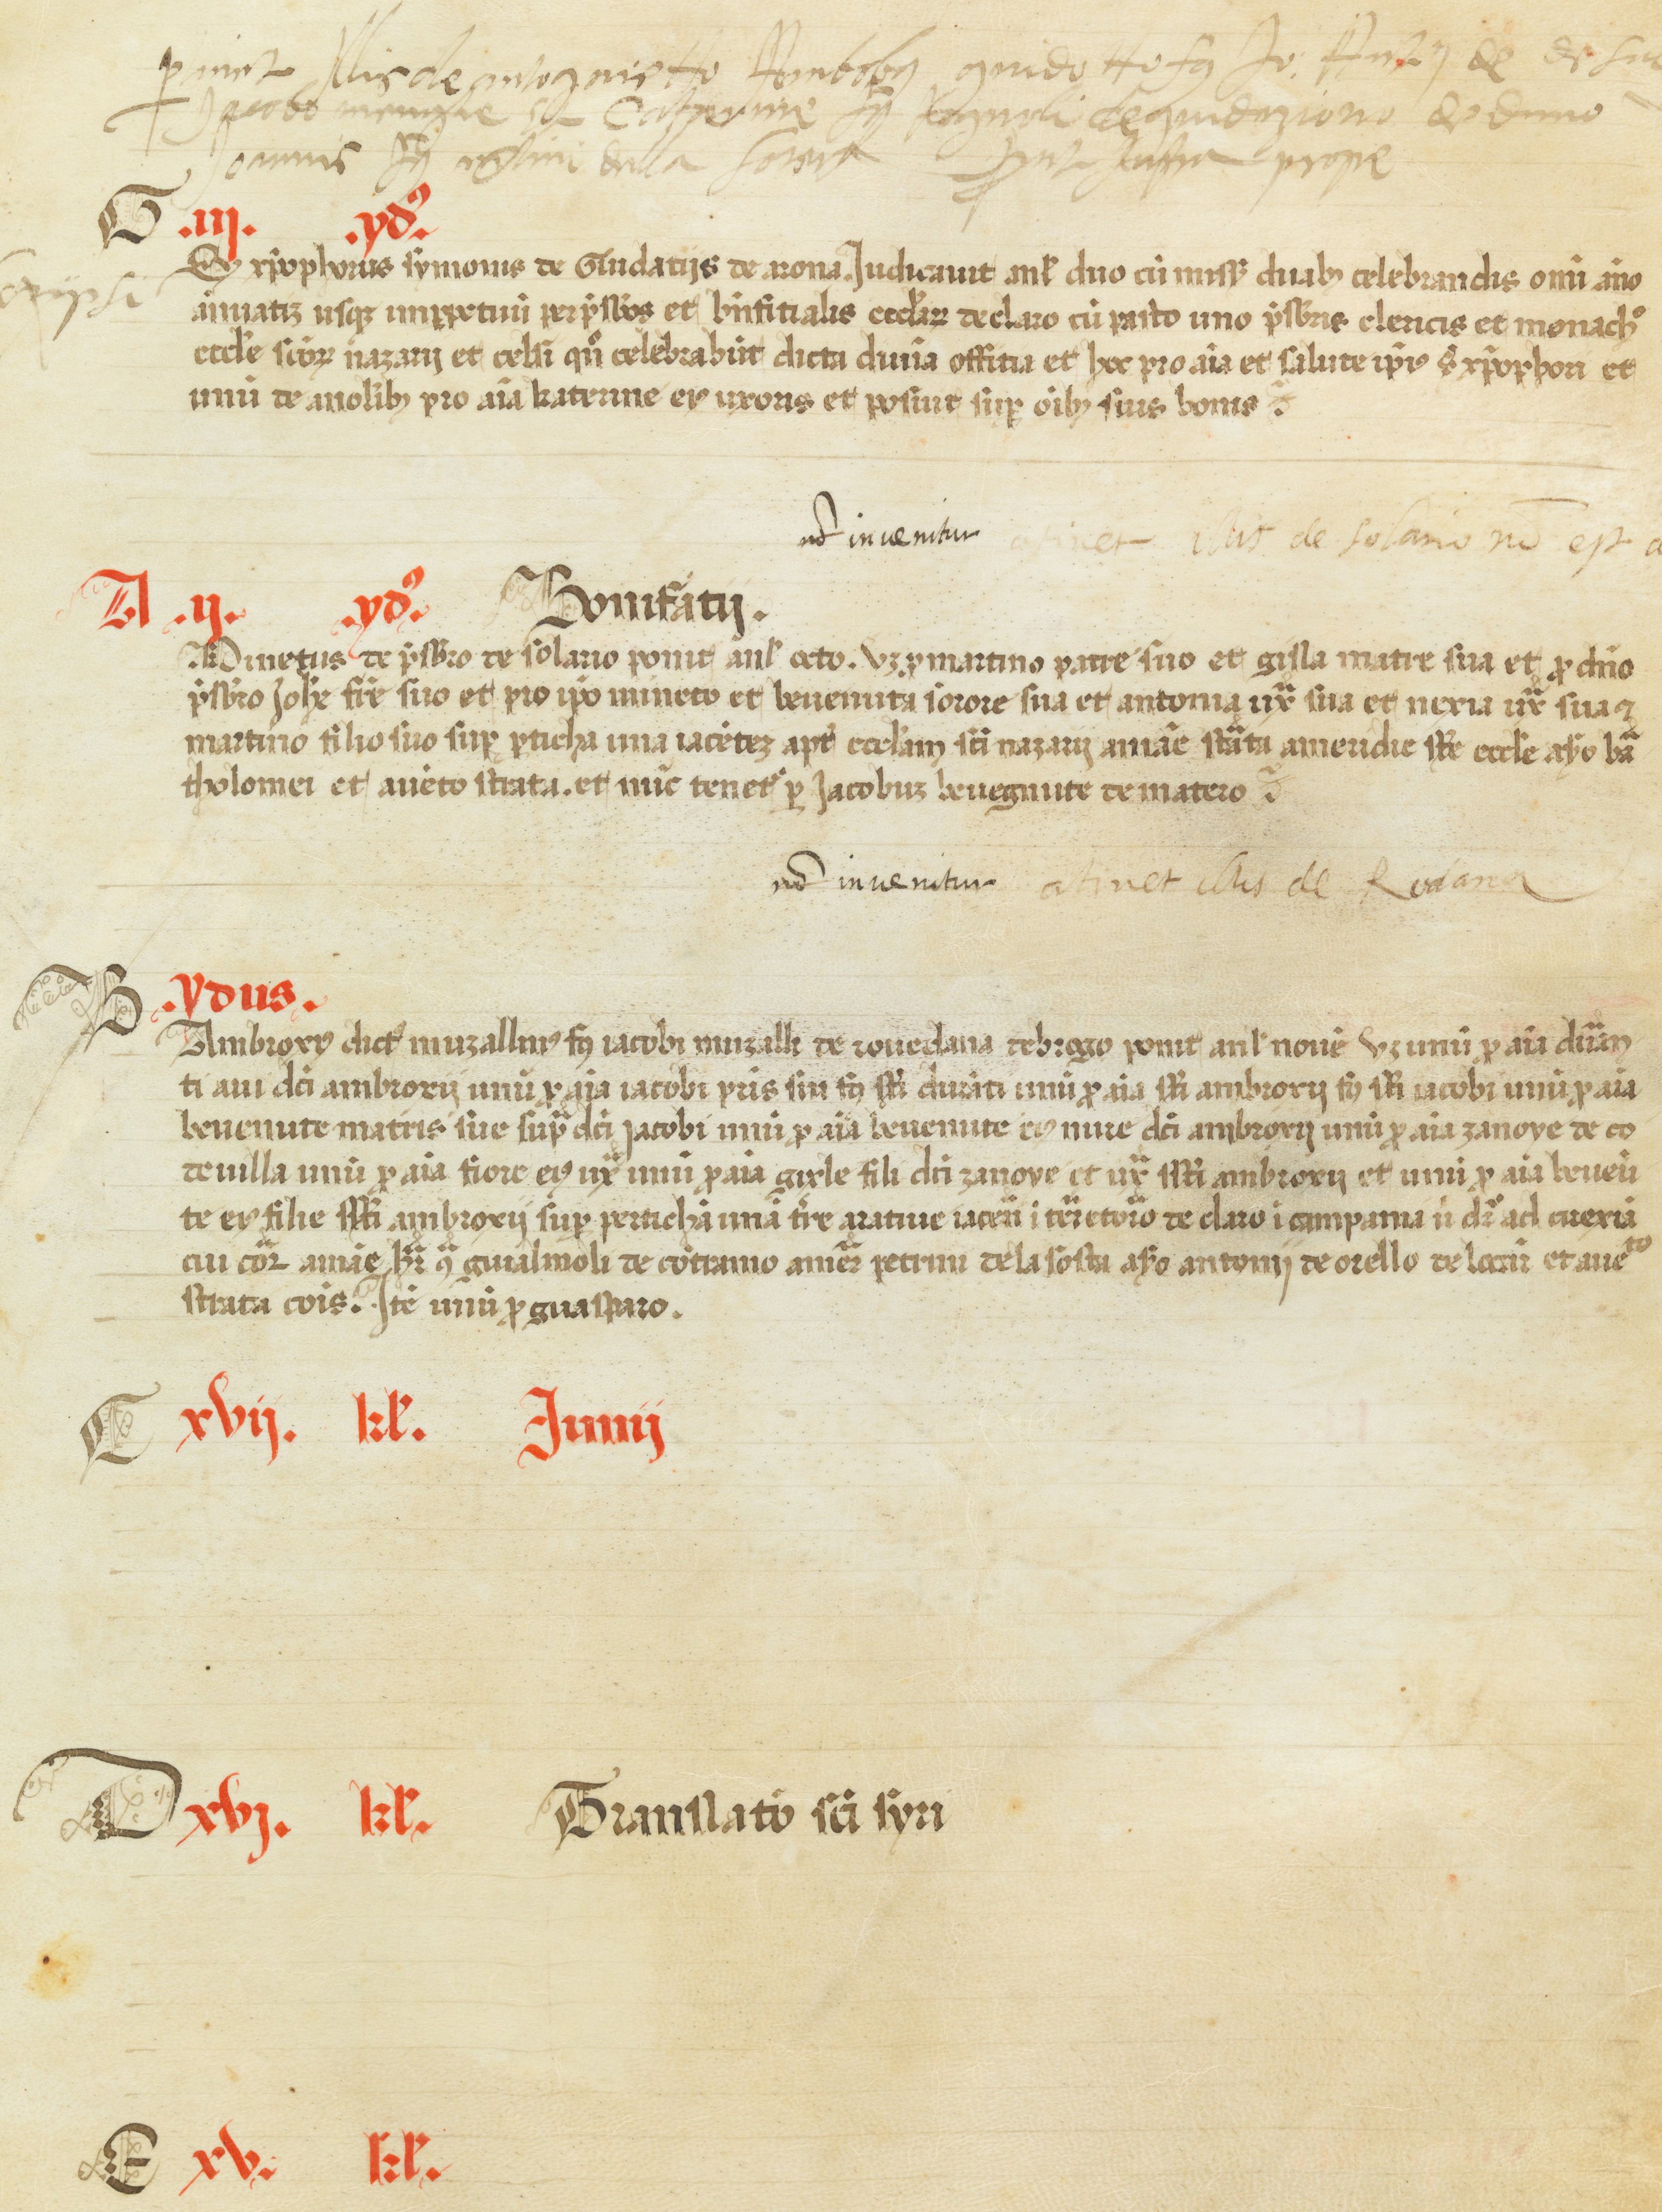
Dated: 1450–1499